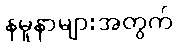
နမူနာများအတွက်